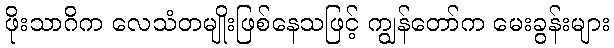
ဖိုးသာဂိက လေသံတမျိုးဖြစ်နေသဖြင့် ကျွန်တော်က မေးခွန်းများ